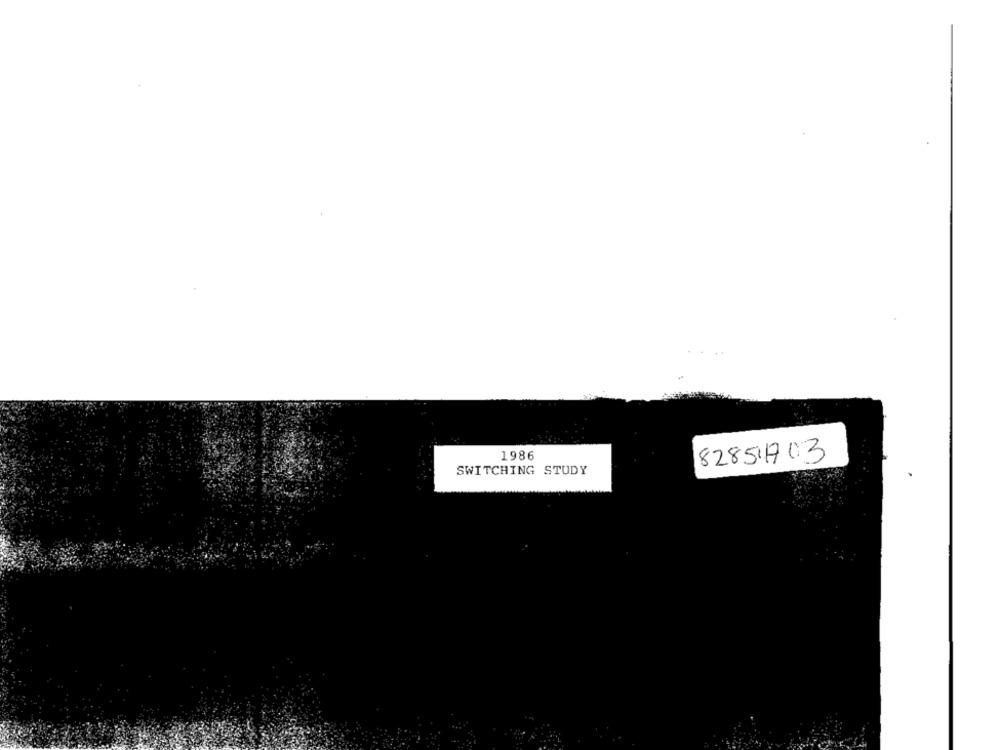
1986
82851703
SWITCHING STUDY